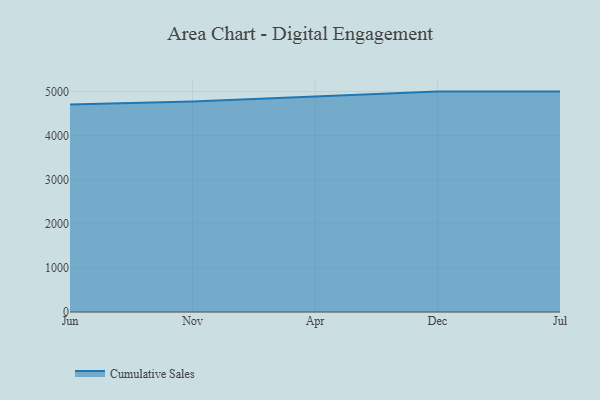
{"axis": {"x": "Month", "y": "Energy Usage (MWh)"}, "legend": ["Cumulative Sales"], "data": [{"x": "Jun", "y": 4708.6, "type": "Cumulative Sales"}, {"x": "Nov", "y": 4777.5, "type": "Cumulative Sales"}, {"x": "Apr", "y": 4888.6, "type": "Cumulative Sales"}, {"x": "Dec", "y": 4999.9, "type": "Cumulative Sales"}, {"x": "Jul", "y": 5000, "type": "Cumulative Sales"}]}